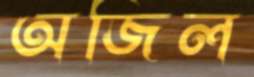
অজিল